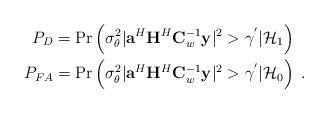
LaTeX: \begin{align*}P_{D}&=\mathrm{Pr}\left(\sigma_{\theta}^2|\mathbf{a}^H\mathbf{H}^H\mathbf{C}_w^{-1}\mathbf{y}|^2>\gamma^{'}|\mathcal{H}_1\right)\\P_{FA}&=\mathrm{Pr}\left(\sigma_{\theta}^2|\mathbf{a}^H\mathbf{H}^H\mathbf{C}_w^{-1}\mathbf{y}|^2>\gamma^{'}|\mathcal{H}_0\right)\;.\end{align*}